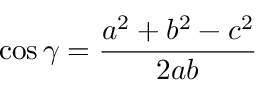
\cos \gamma = { \frac { a ^ { 2 } + b ^ { 2 } - c ^ { 2 } } { 2 a b } }